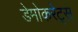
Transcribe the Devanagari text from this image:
डेमोकरेट्स